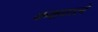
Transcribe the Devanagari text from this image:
कक्षवाले